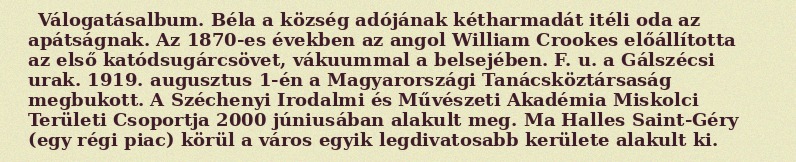
Válogatásalbum. Béla a község adójának kétharmadát itéli oda az apátságnak. Az 1870-es években az angol William Crookes előállította az első katódsugárcsövet, vákuummal a belsejében. F. u. a Gálszécsi urak. 1919. augusztus 1-én a Magyarországi Tanácsköztársaság megbukott. A Széchenyi Irodalmi és Művészeti Akadémia Miskolci Területi Csoportja 2000 júniusában alakult meg. Ma Halles Saint-Géry (egy régi piac) körül a város egyik legdivatosabb kerülete alakult ki.